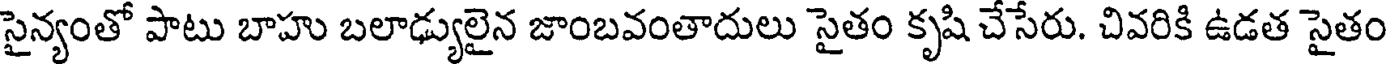
సైన్యంతో పాటు బాహు బలాఢ్యులైన జాంబవంతాదులు సైతం కృషి చేసేరు. చివరికి ఉడత సైతం